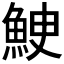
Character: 𩶳